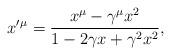
LaTeX: \begin{align*}x'{}^\mu=\frac{x^\mu-\gamma^\mu x^2}{1-2\gamma x + \gamma^2 x^2},\end{align*}